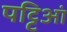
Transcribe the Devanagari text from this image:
पट्टिआं